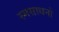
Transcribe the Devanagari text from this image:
स्मसाधनो